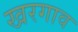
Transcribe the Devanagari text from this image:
खरगाव